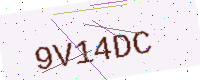
Text: 9V14DC